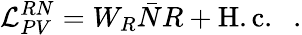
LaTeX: {\cal L}_{PV}^{RN}=W_{R}{\bar{N}}R+{\mathrm{H.c.}}\ \ \ .